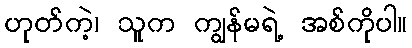
ဟုတ်ကဲ့၊ သူက ကျွန်မရဲ့ အစ်ကိုပါ။